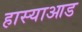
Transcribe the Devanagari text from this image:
हास्याआड